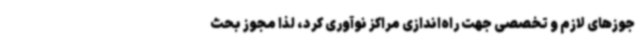
جوزهای لازم و تخصصی جهت راه‌اندازی مراکز نوآوری کرد، لذا مجوز بحث